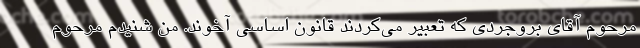
مرحوم آقای بروجردی که تعبیر می‌کردند قانون اساسی آخوند. من شنیدم مرحوم